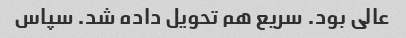
عالی بود. سریع هم تحویل داده شد. سپاس